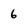
Character: 6